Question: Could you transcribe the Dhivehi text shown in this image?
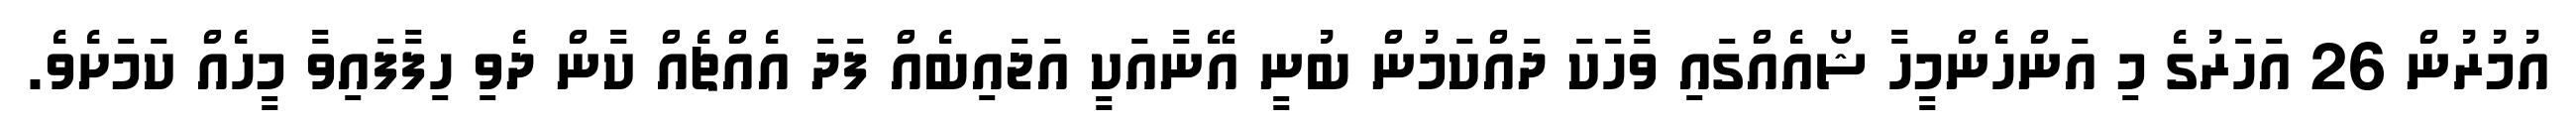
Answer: އުމުރުން 26 އަހަރުގެ މި އަންހެންމީހާ ޝޯއެއްގައި ވާހަކަ ދައްކަމުން ބުނީ އޭނާއަކީ އަޖައިބެއް ފަދަ އެއްޗެއް ކާން ދެވި ހިފާފައިވާ މީހެއް ކަމަށެވެ.